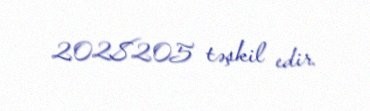
2028205 təşkil edir.